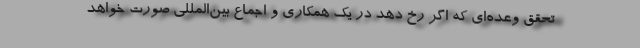
تحقق وعده‌ای که اگر رخ دهد در یک همکاری و اجماع بین‌المللی صورت خواهد